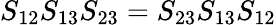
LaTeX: S_{12}S_{13}S_{23}=S_{23}S_{13}S_{12}